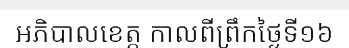
អភិបាលខេត្ត កាលពីព្រឹកថ្ងៃទី១៦